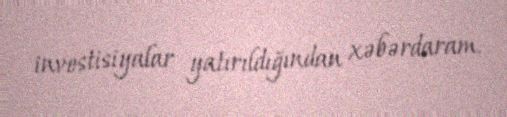
investisiyalar yatırıldığından xəbərdaram.